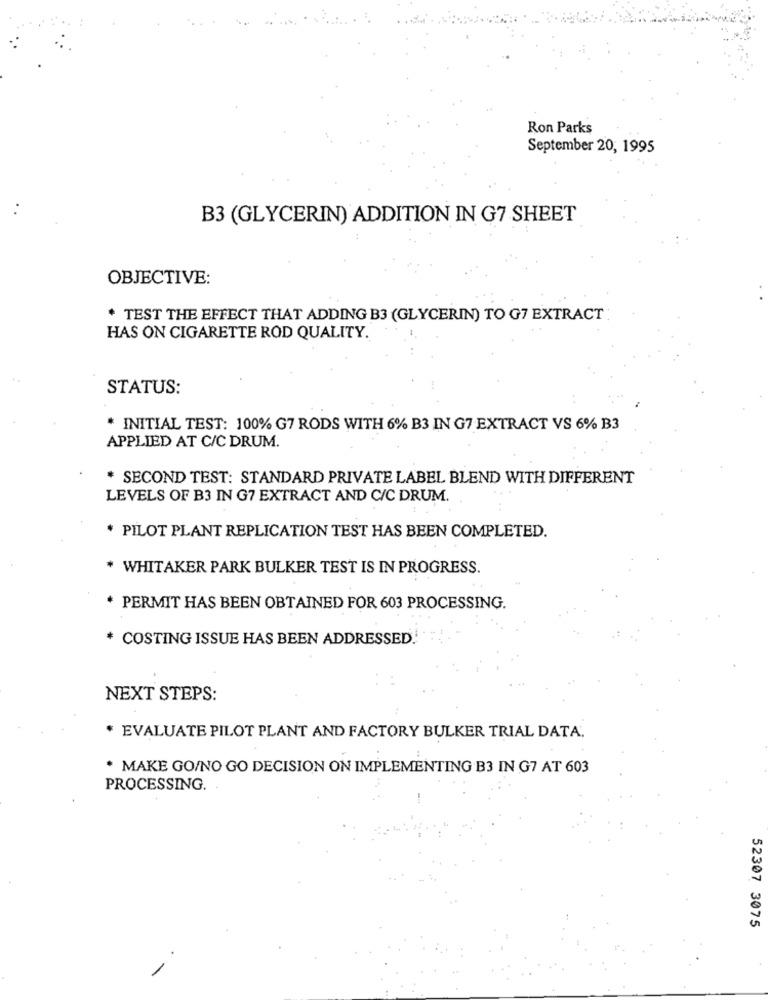
Ron Parks
September 20, 1995
B3 (GLYCERIN) ADDITION IN G7 SHEET
OBJECTIVE:
+ TEST THE EFFECT THAT ADDING B3 (GLYCERIN) TO G7 EXTRACT
HAS ON CIGARETTE ROD QUALITY.
STATUS:
* INITIAL TEST: 100% G7 RODS WITH 6% B3 IN G7 EXTRACT VS 6% B3
APPLIED AT C/C DRUM.
* SECOND TEST: STANDARD PRIVATE LABEL BLEND WITH DIFFERENT
LEVELS OF B3 IN G7 EXTRACT AND C/C DRUM.
* PILOT PLANT REPLICATION TEST HAS BEEN COMPLETED.
* WHITAKER PARK BULKER TEST IS IN PROGRESS.
PERMIT HAS BEEN OBTAINED FOR 603 PROCESSING.
* COSTING ISSUE HAS BEEN ADDRESSED.
NEXT STEPS:
* EVALUATE PILOT PLANT AND FACTORY BULKER TRIAL DATA.
* MAKE GO/NO GO DECISION ON IMPLEMENTING B3 IN G7 AT 603
PROCESSING.
52307 3075